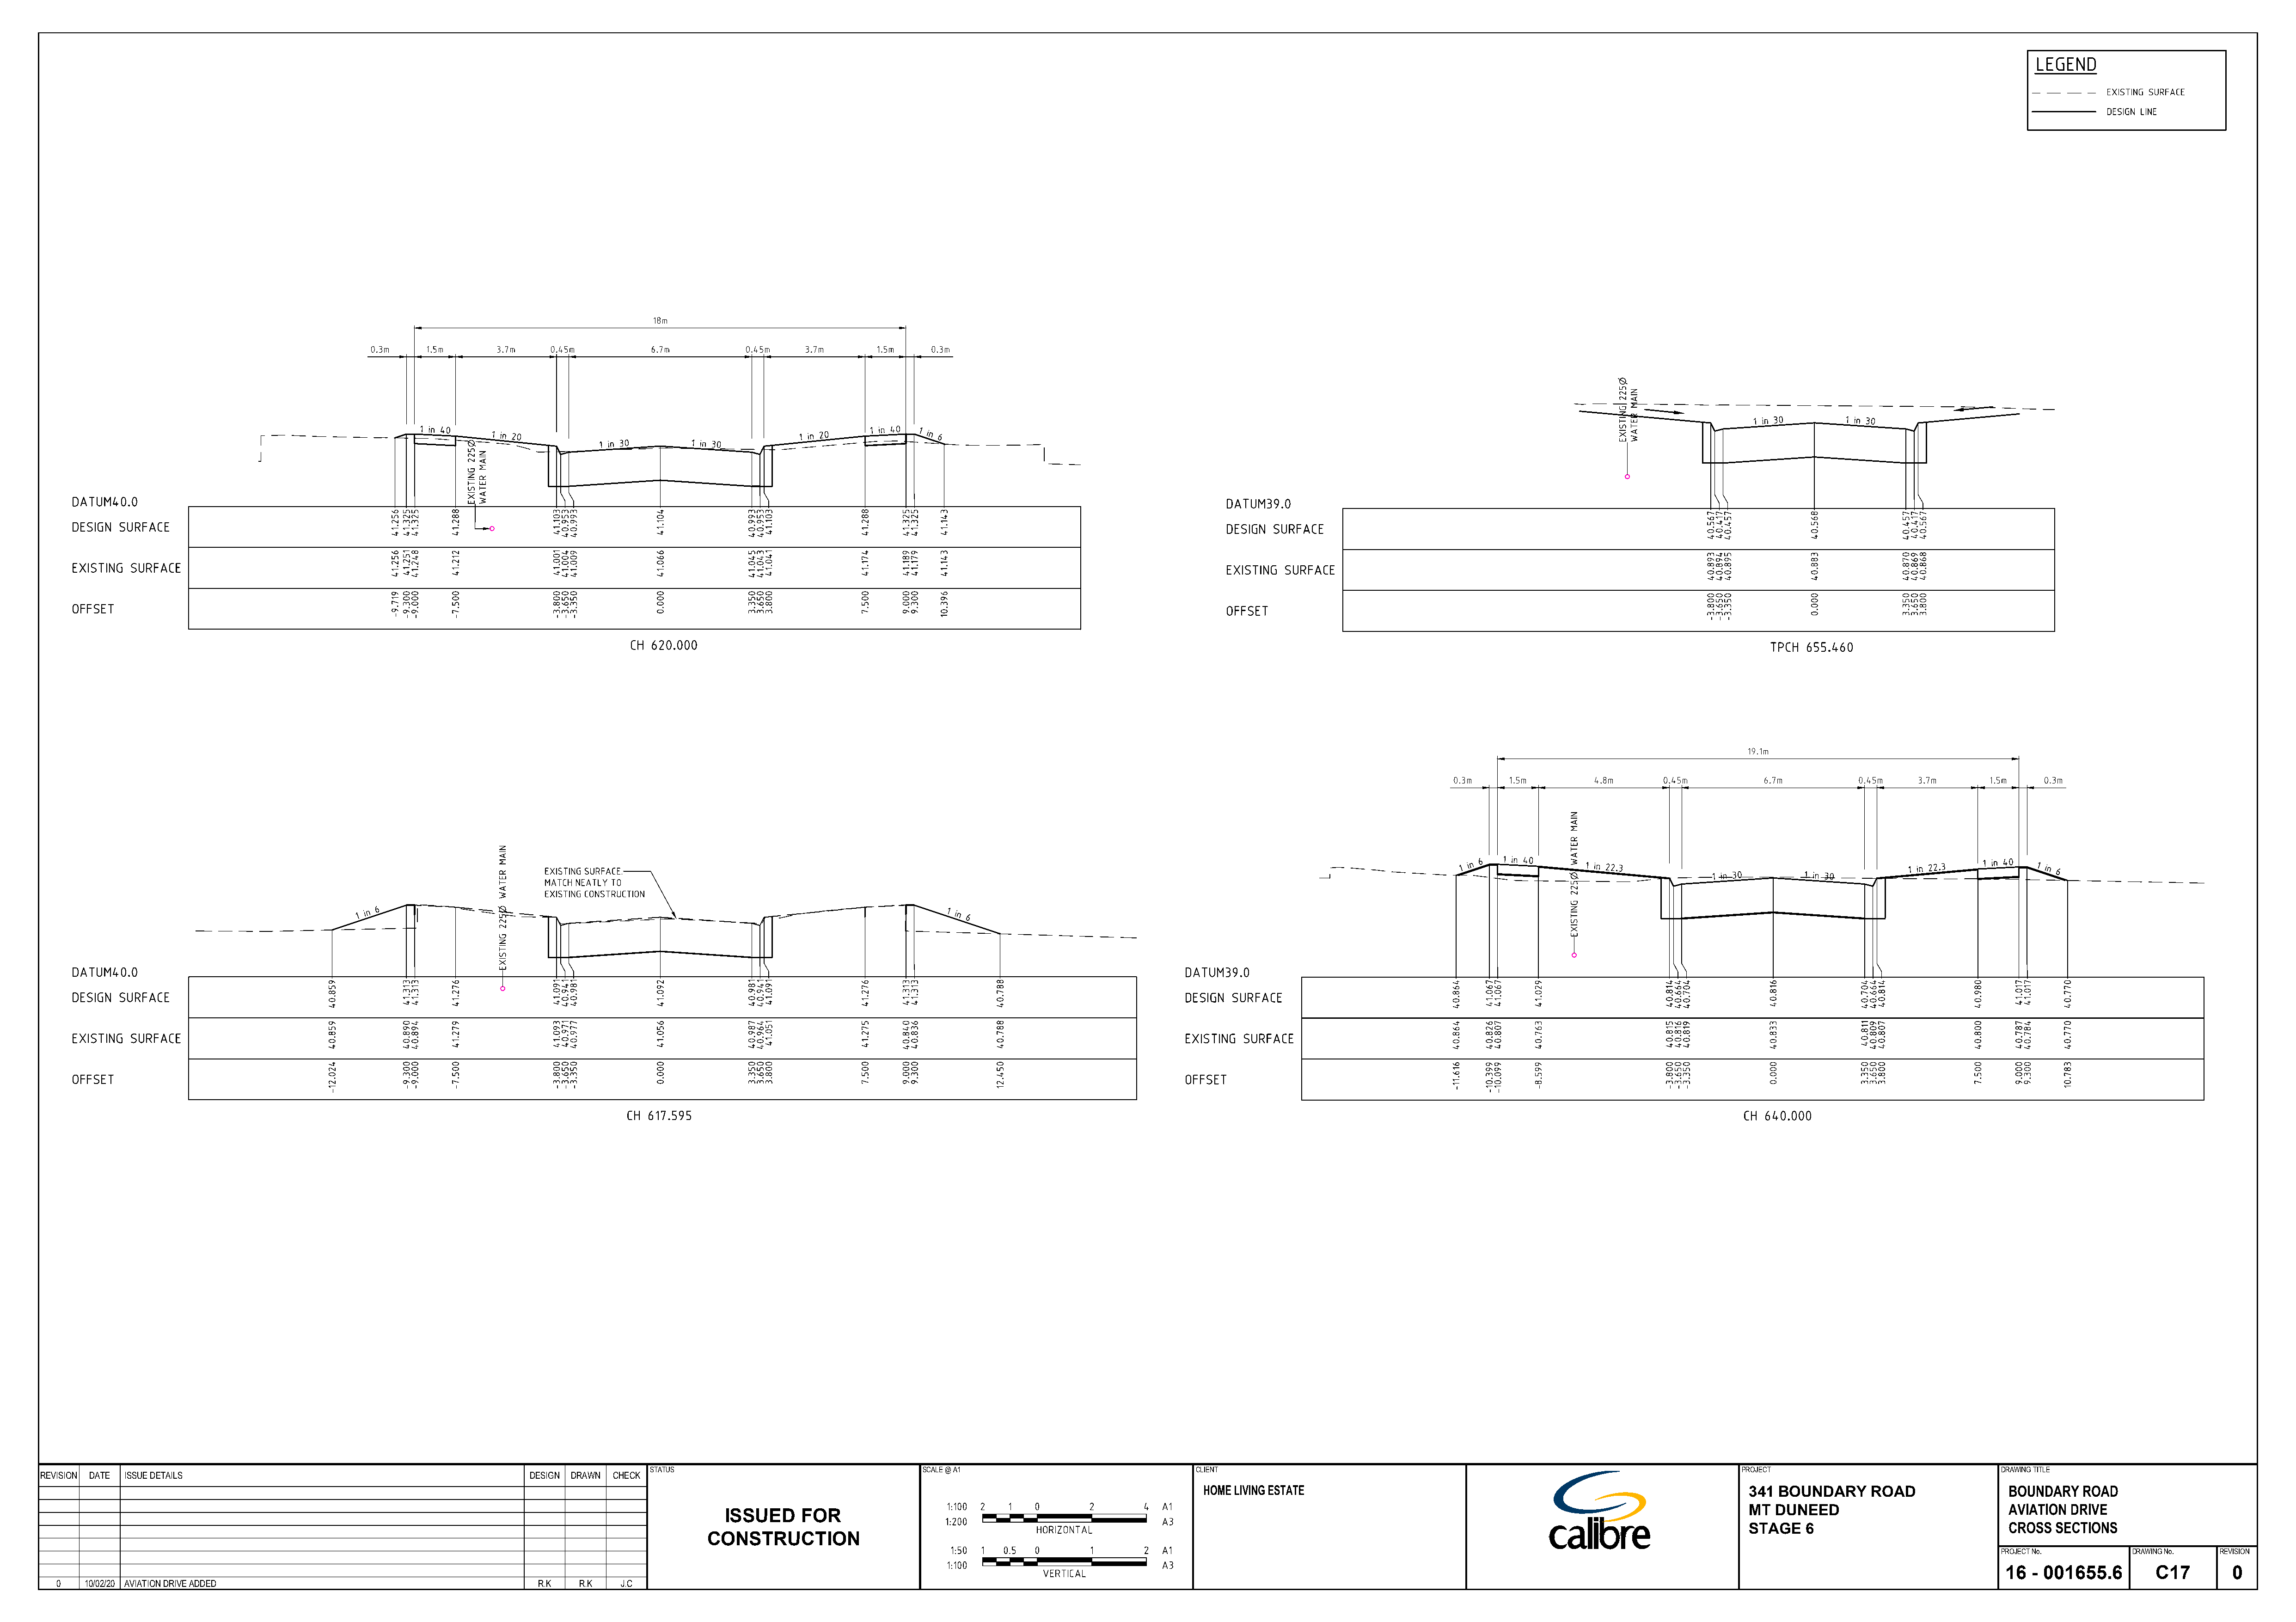
STATUS                                 SCALE @ A1                             CLIENT                                                                        PROJECT                               DRAWING TITLE
 REVISION DATE ISSUE DETAILS                                           DESIGN DRAWN CHECK
 HOME LIVING ESTATE                                                            341  BOUNDARY     ROAD                BOUNDARY   ROAD
 MT  DUNEED                            AVIATION  DRIVE
 ISSUED     FOR
 STAGE    6                            CROSS  SECTIONS
 CONSTRUCTION
 PROJECT No.       DRAWING No.  REVISION
 16  - 001655.6        C17        0
 0   10/02/20 AVIATION DRIVE ADDED                                    R.K   R.K   J.C